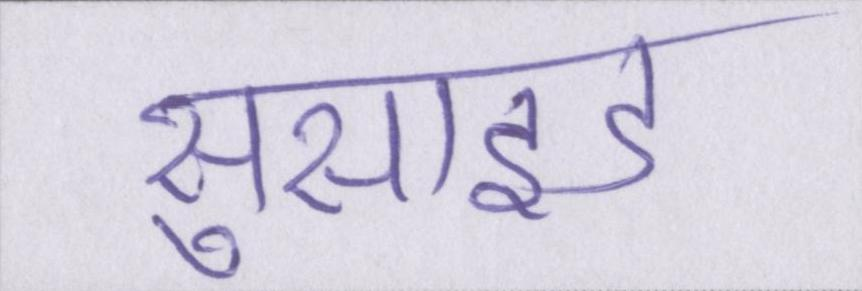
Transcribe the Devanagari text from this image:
सुसाइड